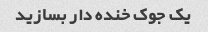
یک جوک خنده دار بسازید